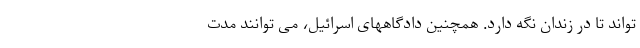
تواند تا در زندان نگه دارد. همچنین دادگاههای اسرائیل، می توانند مدت